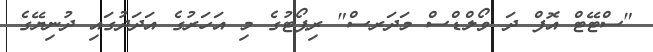
"ސްޓޭޓް އޮފް ދަ ވޯލްޑްސް މަދަރސް" ރިޕޯޓުގެ މި އަހަރުގެ އަދަދުގައި ދުނިޔޭގެ